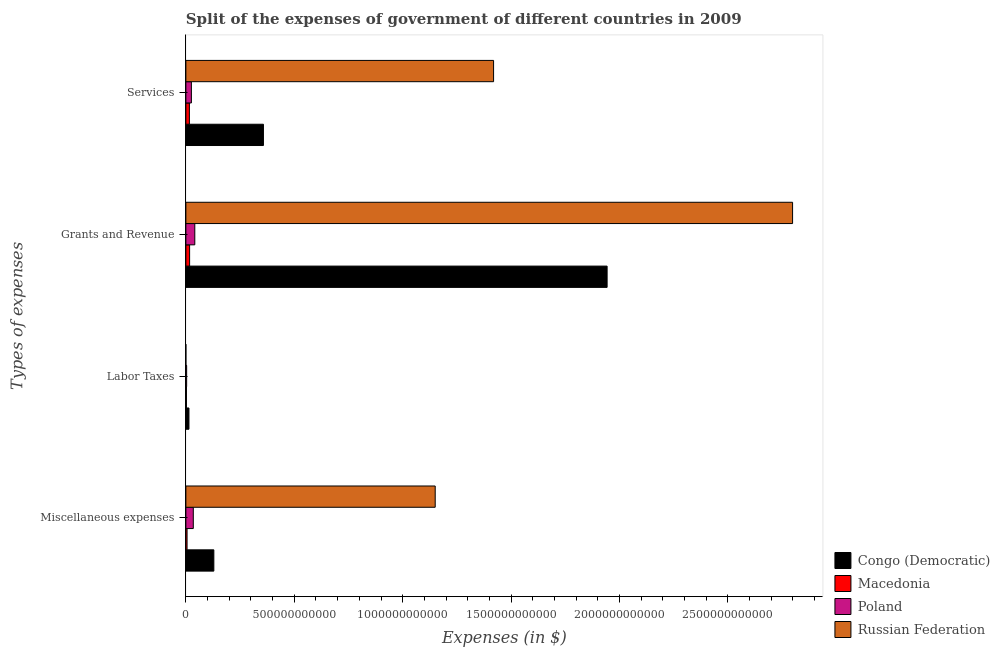
| Types of expenses | Congo (Democratic) | Macedonia | Poland | Russian Federation |
 | --- | --- | --- | --- | --- |
 | Miscellaneous expenses | 1.29e+11 | 5.48e+09 | 3.42e+10 | 1.15e+12 |
 | Labor Taxes | 1.42e+10 | 2.68e+09 | 3.54e+09 | -1e+08 |
 | Grants and Revenue | 1.94e+12 | 1.72e+10 | 4.11e+10 | 2.8e+12 |
 | Services | 3.58e+11 | 1.62e+10 | 2.54e+10 | 1.42e+12 |